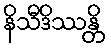
နိသီဒိဿန္တိ